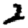
Digit: 2